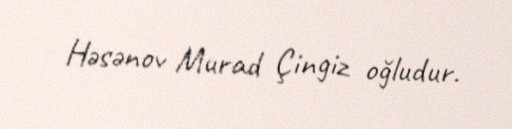
Həsənov Murad Çingiz oğludur.